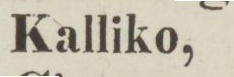
Kalliko,